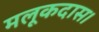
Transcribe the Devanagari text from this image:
मलूकदास।